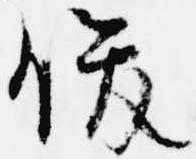
俊